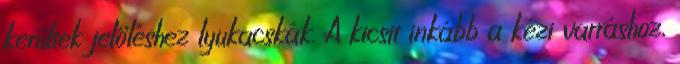
kerültek jelöléshez lyukacskák. A kicsit inkább a kézi varráshoz,